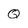
Character: Q